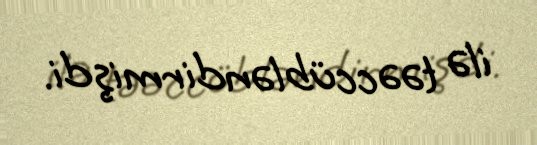
ilə təəccübləndirmişdi.